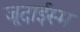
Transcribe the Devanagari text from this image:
जूदाईस्म